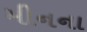
મીનના